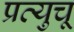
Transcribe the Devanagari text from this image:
प्रत्युचू